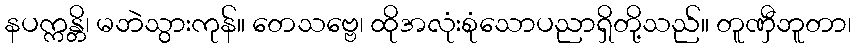
နပက္ကန္တိ၊ မဘဲသွားကုန်။ တေသဗ္ဗေ၊ ထိုအလုံးစုံသောပညာရှိတို့သည်။ တူဏှီဘူတာ၊